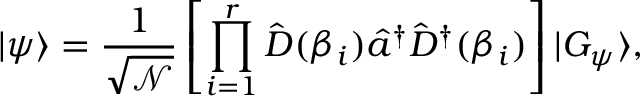
| \psi \rangle = \frac { 1 } { \sqrt { \mathcal { N } } } \left[ \prod _ { i = 1 } ^ { r } \hat { D } ( \beta _ { i } ) \hat { a } ^ { \dag } \hat { D } ^ { \dag } ( \beta _ { i } ) \right] | G _ { \psi } \rangle ,